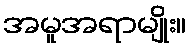
အမူအရာမျိုး။